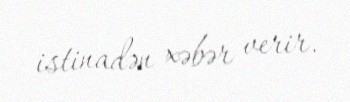
istinadən xəbər verir.